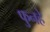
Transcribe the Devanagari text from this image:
फुनहे